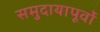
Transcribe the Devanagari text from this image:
समुदायापूर्वों